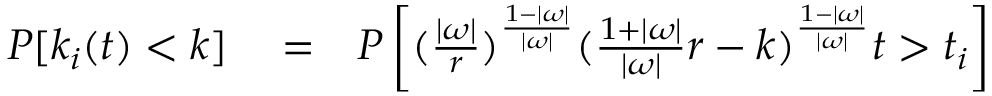
\begin{array} { r l r } { P [ k _ { i } ( t ) < k ] } & { { } = } & { P \left[ ( \frac { | \omega | } { r } ) ^ { \frac { 1 - | \omega | } { | \omega | } } ( \frac { 1 + | \omega | } { | \omega | } r - k ) ^ { \frac { 1 - | \omega | } { | \omega | } } t > t _ { i } \right] } \end{array}